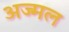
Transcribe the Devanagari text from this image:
अज्मल